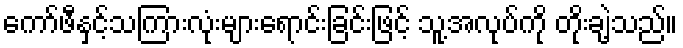
ကော်ဖီနှင့်သကြားလုံးများရောင်းခြင်းဖြင့် သူ့အလုပ်ကို တိုးချဲ့သည်။